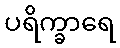
ပရိက္ခာရေ